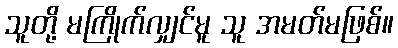
သူတို့ မကြိုက်လျှင်မူ သူ အမတ်မဖြစ်။